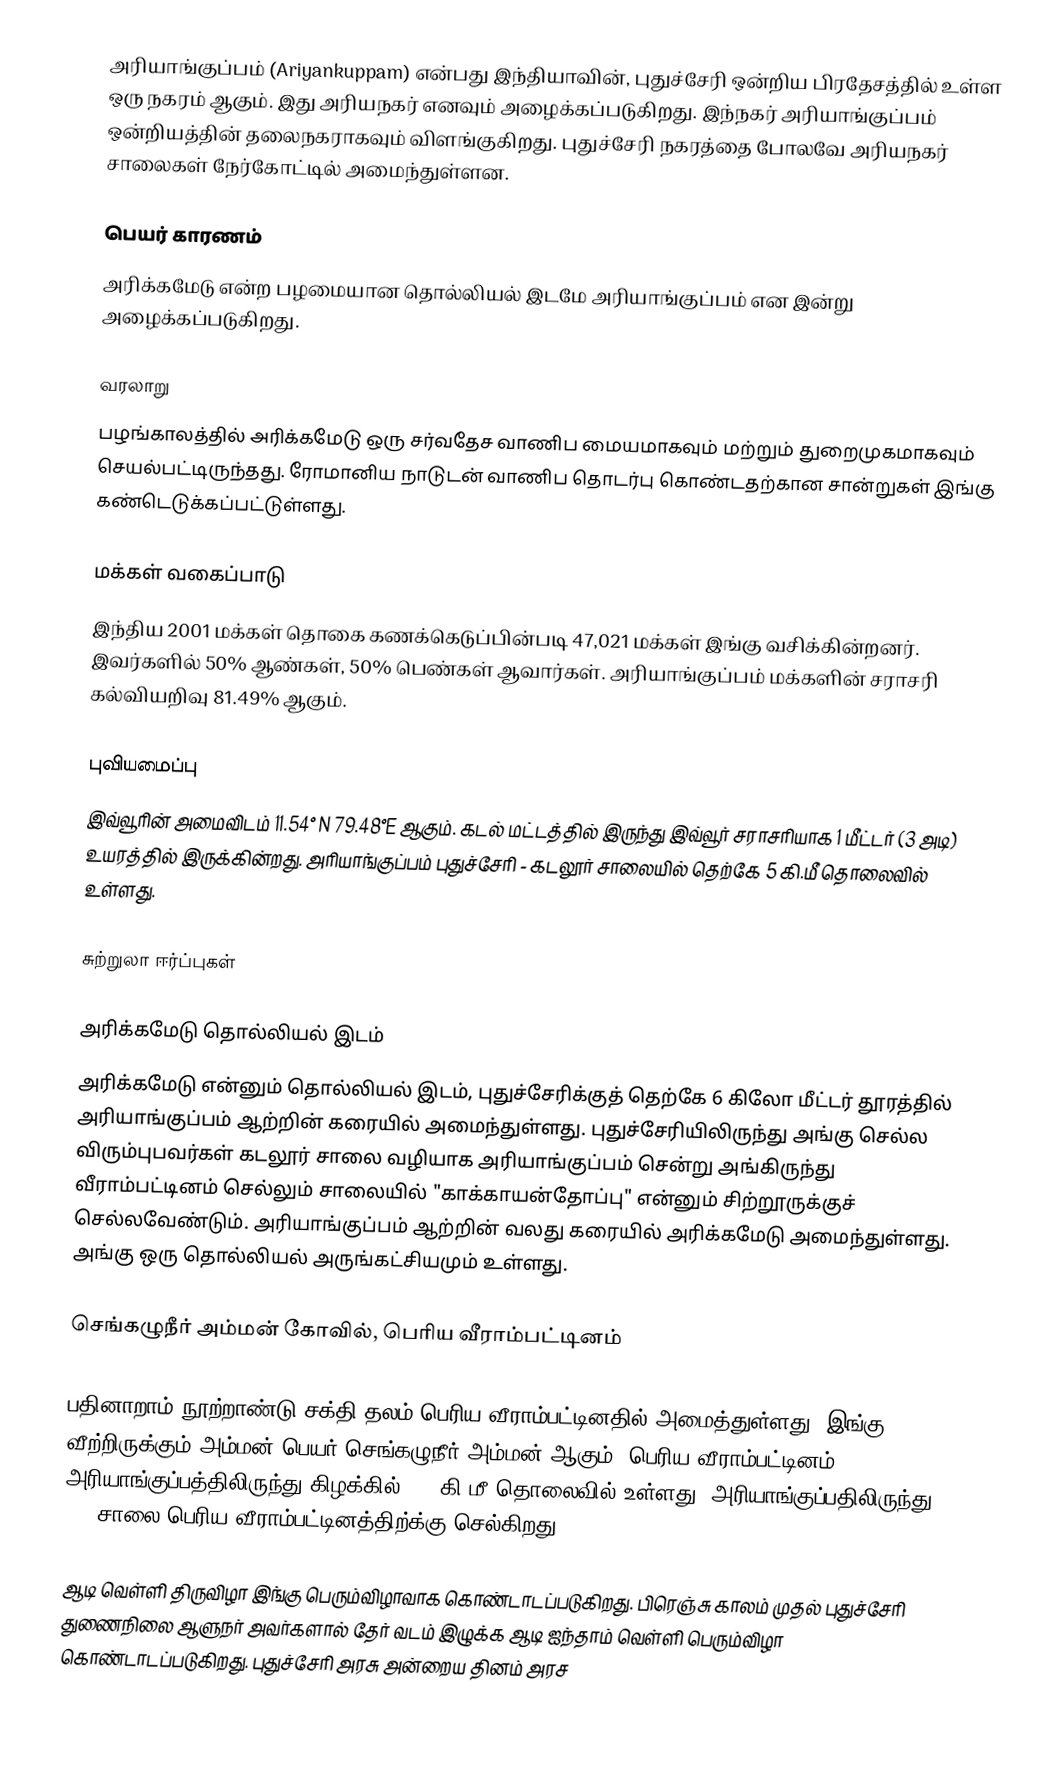
அரியாங்குப்பம் (Ariyankuppam) என்பது இந்தியாவின், புதுச்சேரி ஒன்றிய பிரதேசத்தில் உள்ள ஒரு நகரம் ஆகும். இது அரியநகர் எனவும் அழைக்கப்படுகிறது. இந்நகர் அரியாங்குப்பம் ஒன்றியத்தின் தலைநகராகவும் விளங்குகிறது. புதுச்சேரி நகரத்தை போலவே அரியநகர் சாலைகள் நேர்கோட்டில் அமைந்துள்ளன.

பெயர் காரணம்
அரிக்கமேடு என்ற பழமையான தொல்லியல் இடமே அரியாங்குப்பம் என இன்று அழைக்கப்படுகிறது.

வரலாறு
பழங்காலத்தில் அரிக்கமேடு ஒரு சர்வதேச வாணிப மையமாகவும் மற்றும் துறைமுகமாகவும் செயல்பட்டிருந்தது. ரோமானிய நாடுடன் வாணிப தொடர்பு கொண்டதற்கான சான்றுகள் இங்கு கண்டெடுக்கப்பட்டுள்ளது.

மக்கள் வகைப்பாடு
இந்திய 2001 மக்கள் தொகை கணக்கெடுப்பின்படி 47,021 மக்கள் இங்கு வசிக்கின்றனர். இவர்களில் 50% ஆண்கள், 50% பெண்கள் ஆவார்கள். அரியாங்குப்பம் மக்களின் சராசரி கல்வியறிவு 81.49% ஆகும்.

புவியமைப்பு
இவ்வூரின் அமைவிடம் 11.54° N 79.48°E ஆகும். கடல் மட்டத்தில் இருந்து இவ்வூர் சராசரியாக 1 மீட்டர் (3 அடி) உயரத்தில் இருக்கின்றது. அரியாங்குப்பம்  புதுச்சேரி - கடலூர் சாலையில் தெற்கே 5 கி.மீ தொலைவில் உள்ளது.

சுற்றுலா ஈர்ப்புகள்

அரிக்கமேடு தொல்லியல் இடம்
அரிக்கமேடு என்னும் தொல்லியல் இடம், புதுச்சேரிக்குத் தெற்கே 6 கிலோ மீட்டர் தூரத்தில் அரியாங்குப்பம் ஆற்றின் கரையில் அமைந்துள்ளது. புதுச்சேரியிலிருந்து அங்கு செல்ல விரும்புபவர்கள் கடலூர் சாலை வழியாக அரியாங்குப்பம் சென்று அங்கிருந்து வீராம்பட்டினம் செல்லும் சாலையில் "காக்காயன்தோப்பு" என்னும் சிற்றூருக்குச் செல்லவேண்டும். அரியாங்குப்பம் ஆற்றின் வலது கரையில் அரிக்கமேடு அமைந்துள்ளது. அங்கு ஒரு தொல்லியல் அருங்கட்சியமும் உள்ளது.

செங்கழுநீர் அம்மன் கோவில், பெரிய வீராம்பட்டினம்

பதினாறாம் நூற்றாண்டு சக்தி தலம்  பெரிய வீராம்பட்டினதில் அமைத்துள்ளது. இங்கு வீற்றிருக்கும் அம்மன் பெயர் செங்கழுநீர் அம்மன் ஆகும். பெரிய வீராம்பட்டினம் அரியாங்குப்பத்திலிருந்து கிழக்கில் 2.5 கி.மீ தொலைவில் உள்ளது. அரியாங்குப்பதிலிருந்து RC -26 சாலை பெரிய வீராம்பட்டினத்திற்க்கு செல்கிறது.

ஆடி வெள்ளி திருவிழா இங்கு பெரும்விழாவாக கொண்டாடப்படுகிறது. பிரெஞ்சு காலம் முதல் புதுச்சேரி துணைநிலை ஆளுநர் அவர்களால் தேர் வடம் இழுக்க ஆடி ஐந்தாம் வெள்ளி பெரும்விழா கொண்டாடப்படுகிறது. புதுச்சேரி அரசு  அன்றைய தினம் அரச